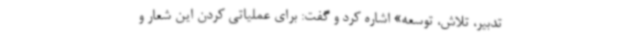
تدبیر، تلاش، توسعه» اشاره کرد و گفت: برای عملیاتی کردن این شعار و